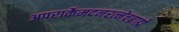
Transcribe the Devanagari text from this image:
अपरार्केमदनरत्नेचब्राह्मे